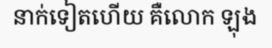
នាក់ទៀតហើយ គឺលោក ឡុង